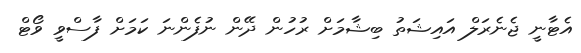
އެޓާނީ ޖެނެރަލް އައިޝަތު ބިޝާމަށް ރުހުން ދޭން ނުފެންނަ ކަމަށް ފާސްވީ ވޯޓް